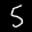
Label: 5